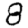
Digit: 8